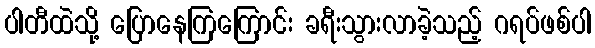
ပါတီထဲသို့ ပြောနေကြကြောင်း ခရီးသွားလာခဲ့သည့် ဂရပ်ဖစ်ပါ